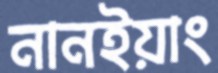
নানইয়াং